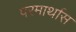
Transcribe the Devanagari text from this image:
परमार्थास